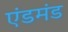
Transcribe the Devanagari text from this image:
एंडमंड